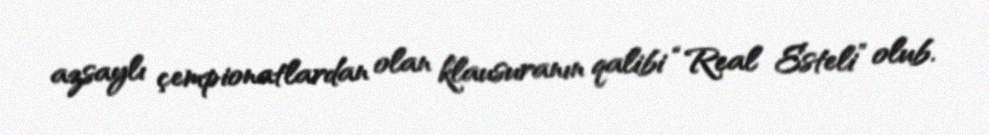
azsaylı çempionatlardan olan klausuranın qalibi “Real Esteli” olub.